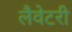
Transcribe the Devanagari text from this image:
लैवेटरी